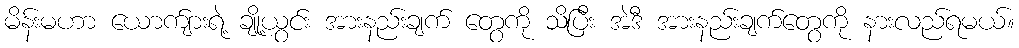
မိန်းမဟာ ယောက်ျားရဲ့ ချို့ယွင်း အားနည်းချက် တွေကို သိပြီး အဲဒီ အားနည်းချက်တွေကို နားလည်ရမယ်။